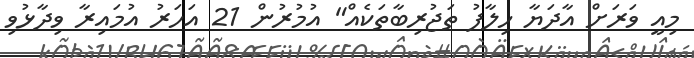
މިއީ ވަރަށް އާދަޔާ ހިލާފު ތަޖުރިބާތަކެއް" އުމުރުން 21 އަހަރު އުމައިރާ ވިދާޅުވި